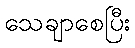
သေချာစေပြီး